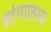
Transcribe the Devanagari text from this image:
ध्यंग्यात्मक